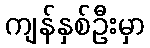
ကျန်နှစ်ဦးမှာ